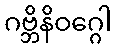
ဂဗ္ဘိနိဝဂ္ဂေါ